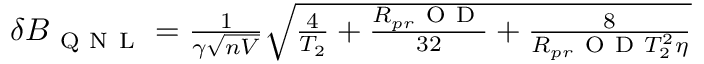
\begin{array} { r } { \delta B _ { \mathrm { ~ Q ~ N ~ L ~ } } = \frac { 1 } { \gamma \sqrt { n V } } \sqrt { \frac { 4 } { T _ { 2 } } + \frac { R _ { p r } \mathrm { ~ O ~ D ~ } } { 3 2 } + \frac { 8 } { R _ { p r } \mathrm { ~ O ~ D ~ } T _ { 2 } ^ { 2 } \eta } } } \end{array}